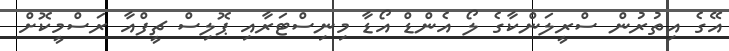
އޭގެ އިތުރުން ސްރީލަންކާގެ ލޯ އެންޑް އޯޑާ މިނިސްޓަރާއި ޕޮލިސް ޗީފްއާ ރަސްމީކޮށް